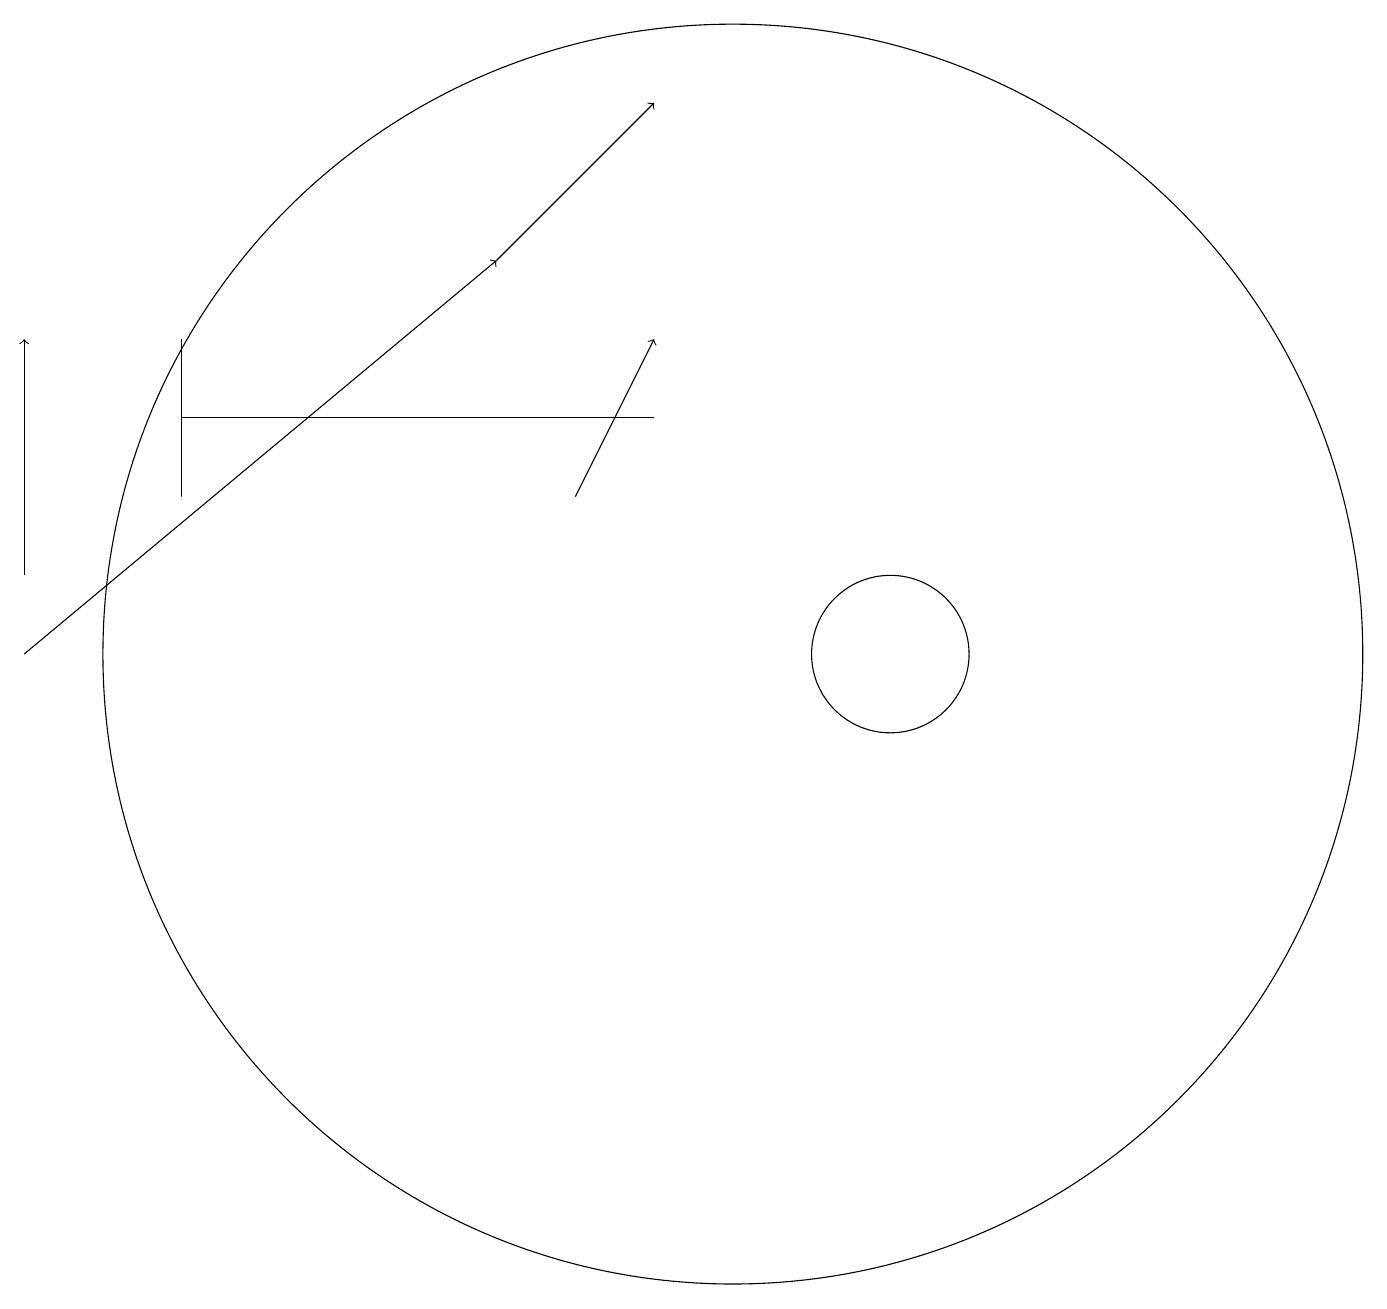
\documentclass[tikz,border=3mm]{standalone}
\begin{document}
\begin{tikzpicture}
\draw (9,14) rectangle (3,14);
\draw[->] (1,11) -- (7,16);
\draw (3,15) rectangle (3,13);
\draw (10,11) circle (8);
\draw[->] (8,13) -- (9,15);
\draw[->] (7,16) -- (9,18);
\draw (12,11) circle (1);
\draw[->] (1,12) -- (1,15);
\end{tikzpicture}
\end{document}